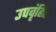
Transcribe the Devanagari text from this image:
उपवृंहित